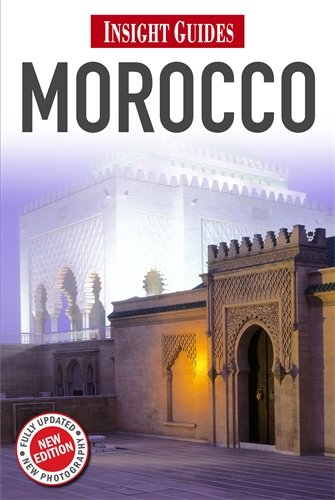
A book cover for Insight Guide Morocco (Insight Guides); Tatiana Wilde; Travel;